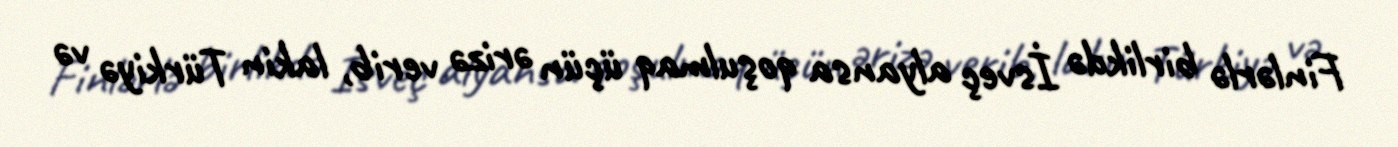
Finlərlə birlikdə İsveç alyansa qoşulmaq üçün ərizə verib, lakin Türkiyə və